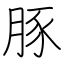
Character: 豚